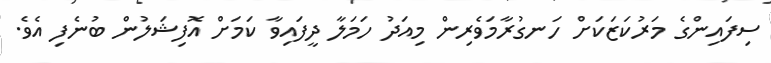
ސިފައިންގެ މަރުކަޒަކަށް ހަނގުރާމަވެރިން މިއަދު ހަމަލާ ދީފައިވާ ކަމަށް އޮފިޝަލުން ބުނެފި އެވެ.